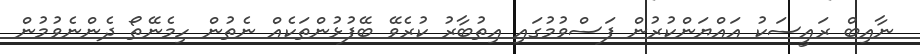
ނާއިބް ރައީސަކު އައްޔަންކުރުން ފަސްވުމުގައި އިތުބާރު ކުރެވޭ ބޭފުޅުންތަކެއް ނެތުން ހިމެނޭތޯ ދެންނެވުމުން